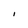
Character: I